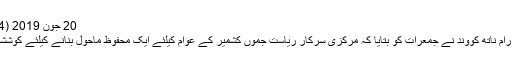
20 جون 2019 (24 : 04 PM)
سرینگر/صدر رام ناتھ کووند نے جمعرات کو بتایا کہ مرکزی سرکار ریاست جموں کشمیر کے عوام کیلئے ایک محفوظ ماحول بنانے کیلئے کوششیں کررہی ہے۔